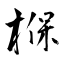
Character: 椺